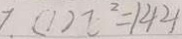
7 . ( 1 ) I ^ { 2 } = 1 4 4